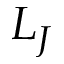
L _ { J }